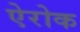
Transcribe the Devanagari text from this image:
ऐरोक